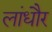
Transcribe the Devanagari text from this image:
लांधौर